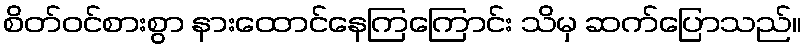
စိတ်ဝင်စားစွာ နားထောင်နေကြကြောင်း သိမှ ဆက်ပြောသည်။